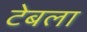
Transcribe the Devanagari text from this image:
टेबला